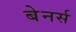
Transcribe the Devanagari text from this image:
बेनर्स